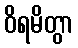
ဝိရမိတွာ